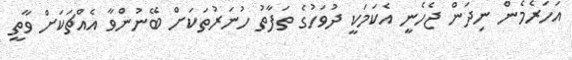
އަހަރެމެން ނިދަން ޖެހެނީ އެކަމަކީ ދުވަހުގެ ތަފާތު ހުނަރުތަކަށް ބޭނުންވާ އެއްޗަކަށް ވާތީ